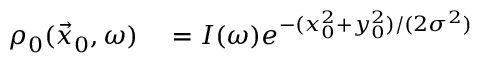
\begin{array} { r l } { \rho _ { 0 } ( \vec { x } _ { 0 } , \omega ) } & { { } = I ( \omega ) e ^ { - ( x _ { 0 } ^ { 2 } + y _ { 0 } ^ { 2 } ) / ( 2 \sigma ^ { 2 } ) } } \end{array}